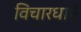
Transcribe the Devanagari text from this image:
विचारधाएँ